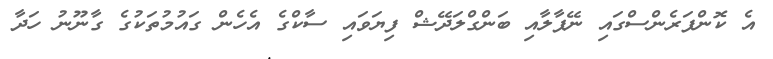
އެ ކޮންފަރެންސްގައި ނޭޕާލާއި ބަންގްލަދޭޝް ފިޔަވައި ސާކްގެ އެހެން ގައުމުތަކުގެ ގާނޫނު ހަދާ